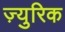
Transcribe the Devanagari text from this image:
ज़्युरिक